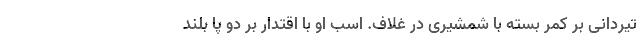
تیردانی بر کمر بسته با شمشیری در غلاف. اسب او با اقتدار بر دو پا بلند